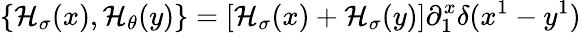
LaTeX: \{ {\cal H}_{\sigma}(x),{\cal H}_{\theta}(y)\} =[{\cal H}_{\sigma}(x)+{\cal H}_{\sigma}(y)]\partial_{1}^{x}\delta(x^{1}-y^{1})